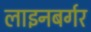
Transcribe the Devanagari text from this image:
लाइनबर्गर